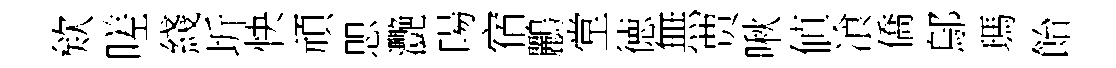
欸嗟綫圻快頑愳灧暘宿鸝堂徳無贾啾値飡僑鄔瑪飴